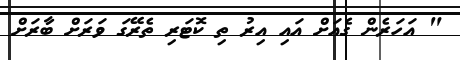
" އަހަރެން ގެއަށް އައި އިރު ތި ކޮޓަރި ތެރޭގަ ވަރަށް ބާރަށް